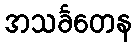
အသင်္ခတေန